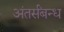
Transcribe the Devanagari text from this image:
अंतर्संबन्ध